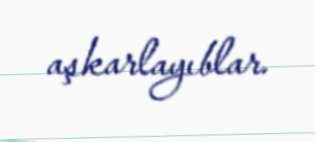
aşkarlayıblar.